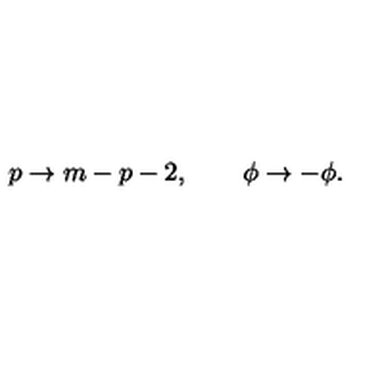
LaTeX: p \to m - p - 2 , \qquad \phi \to - \phi .